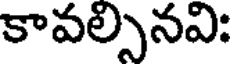
కావల్సినవి: